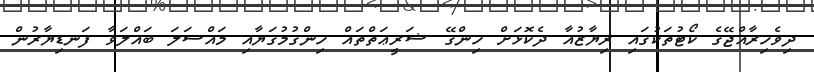
ދިވެހިރާއްޖޭގެ ކޯޓުތަކުގައި ރިޔާޒުއާ ދެކޮޅަށް ހިންގޭ ޝަރީޢަތްތައް ހިންގުމުގަޔާއި މައްސަލަ ބައްލަވާ ފަނޑިޔާރުން